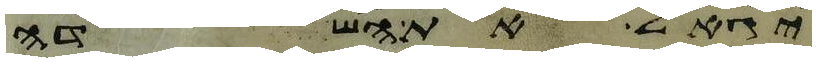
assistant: יגאל את השדה